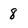
Character: 8